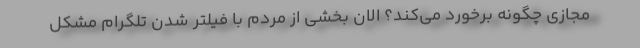
مجازی چگونه برخورد می‌کند؟ الان بخشی از مردم با فیلتر شدن تلگرام مشکل